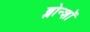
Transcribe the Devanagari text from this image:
ब्लोन्शॉ